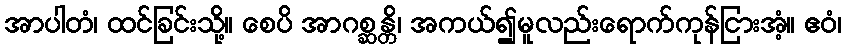
အာပါတံ၊ ထင်ခြင်းသို့။ စေပိ အာဂစ္ဆန္တိ၊ အကယ်၍မူလည်းရောက်ကုန်ငြားအံ့။ ဧဝံ၊